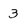
Character: 3